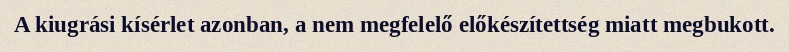
A kiugrási kísérlet azonban, a nem megfelelő előkészítettség miatt megbukott.